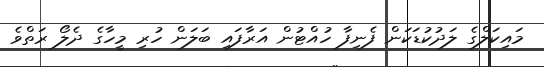
މައިކަލްގެ ލަދުކުޑަކަން ފެނިފާ ހުއްޓުން އަރާފައި ބަލަން ހުރި މީހާގެ ދެލޯ ރަތްވެ